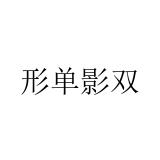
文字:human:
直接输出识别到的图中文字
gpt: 形单影双